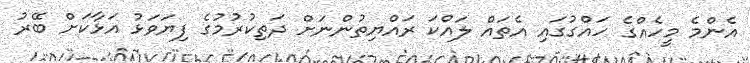
އެންމެ މީހެއްގެ ހައްގުގައި އެތައް ލައްކަ ރައްޔިތުންނަށް ދަތިކުރުމުގެ ފިޔަވަޅު އަޅާކަށް ބޭރު